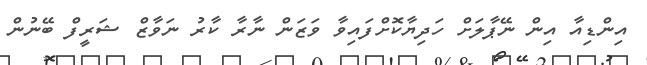
އިންޑިއާ އިން ނޭޕާލަށް ހަދިޔާކޮށްފައިވާ ވަޒަން ނާރާ ކާރު ނަވާޒް ޝަރީފް ބޭނުން